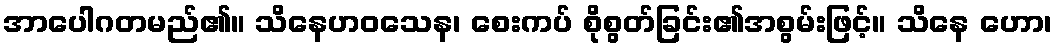
အာပေါဂတမည်၏။ သိနေဟဝသေန၊ စေးကပ် စိုစွတ်ခြင်း၏အစွမ်းဖြင့်။ သိနေ ဟော၊